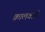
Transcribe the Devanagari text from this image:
क्रालवारी